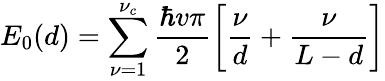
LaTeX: E_{0}(d)=\sum_{\nu=1}^{\nu_{c}}\frac{\hbar v\pi}{2}\left[\frac{\nu}{d}+\frac{\nu}{L-d}\right]